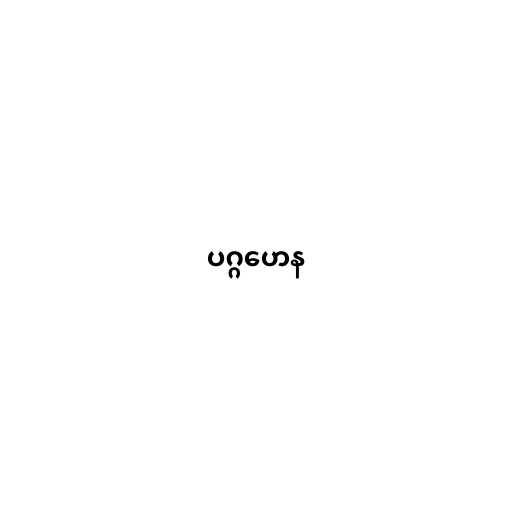
ပဂ္ဂဟေန